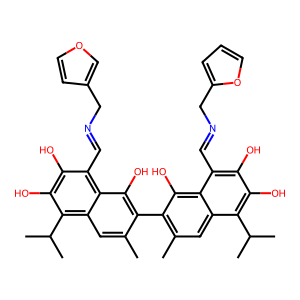
SMILES: Cc1cc2c(C(C)C)c(O)c(O)c(C=NCc3ccoc3)c2c(O)c1-c1c(C)cc2c(C(C)C)c(O)c(O)c(C=NCc3ccco3)c2c1O
Inhibits HIV replication: No